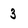
Character: 3